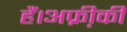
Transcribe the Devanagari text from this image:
हैं।अफ्री़की